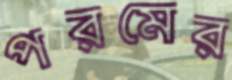
পরমের